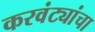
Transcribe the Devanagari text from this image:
करवंट्यांचा